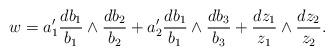
LaTeX: \begin{align*} w= a_1' \frac{d b_1}{b_1} \wedge \frac{d b_2}{b_2}+a_2' \frac{d b_1}{b_1} \wedge \frac{d b_3}{b_3} +\frac{d z_1}{z_1} \wedge \frac{d z_2}{z_2}.\end{align*}